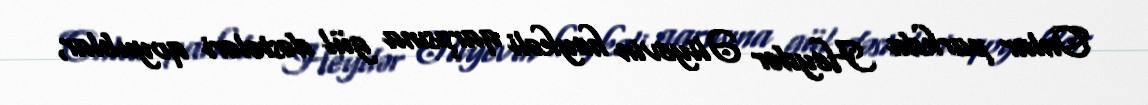
Onlar parkda Heydər Əliyevin heykəli qarşısına gül dəstələri qoyublar,